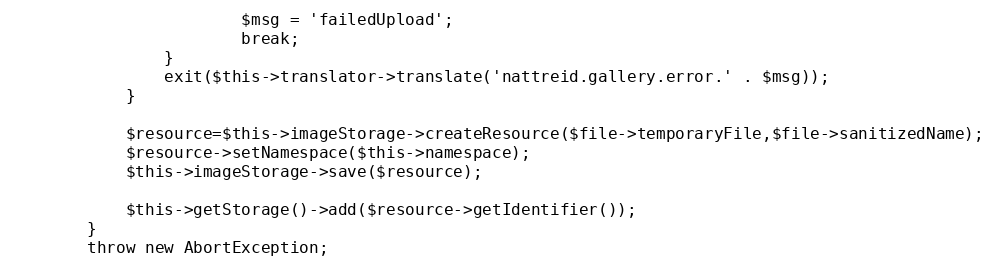
Language: PHP
						$msg = 'failedUpload';
						break;
				}
				exit($this->translator->translate('nattreid.gallery.error.' . $msg));
			}

			$resource=$this->imageStorage->createResource($file->temporaryFile,$file->sanitizedName);
			$resource->setNamespace($this->namespace);
			$this->imageStorage->save($resource);

			$this->getStorage()->add($resource->getIdentifier());
		}
		throw new AbortException;